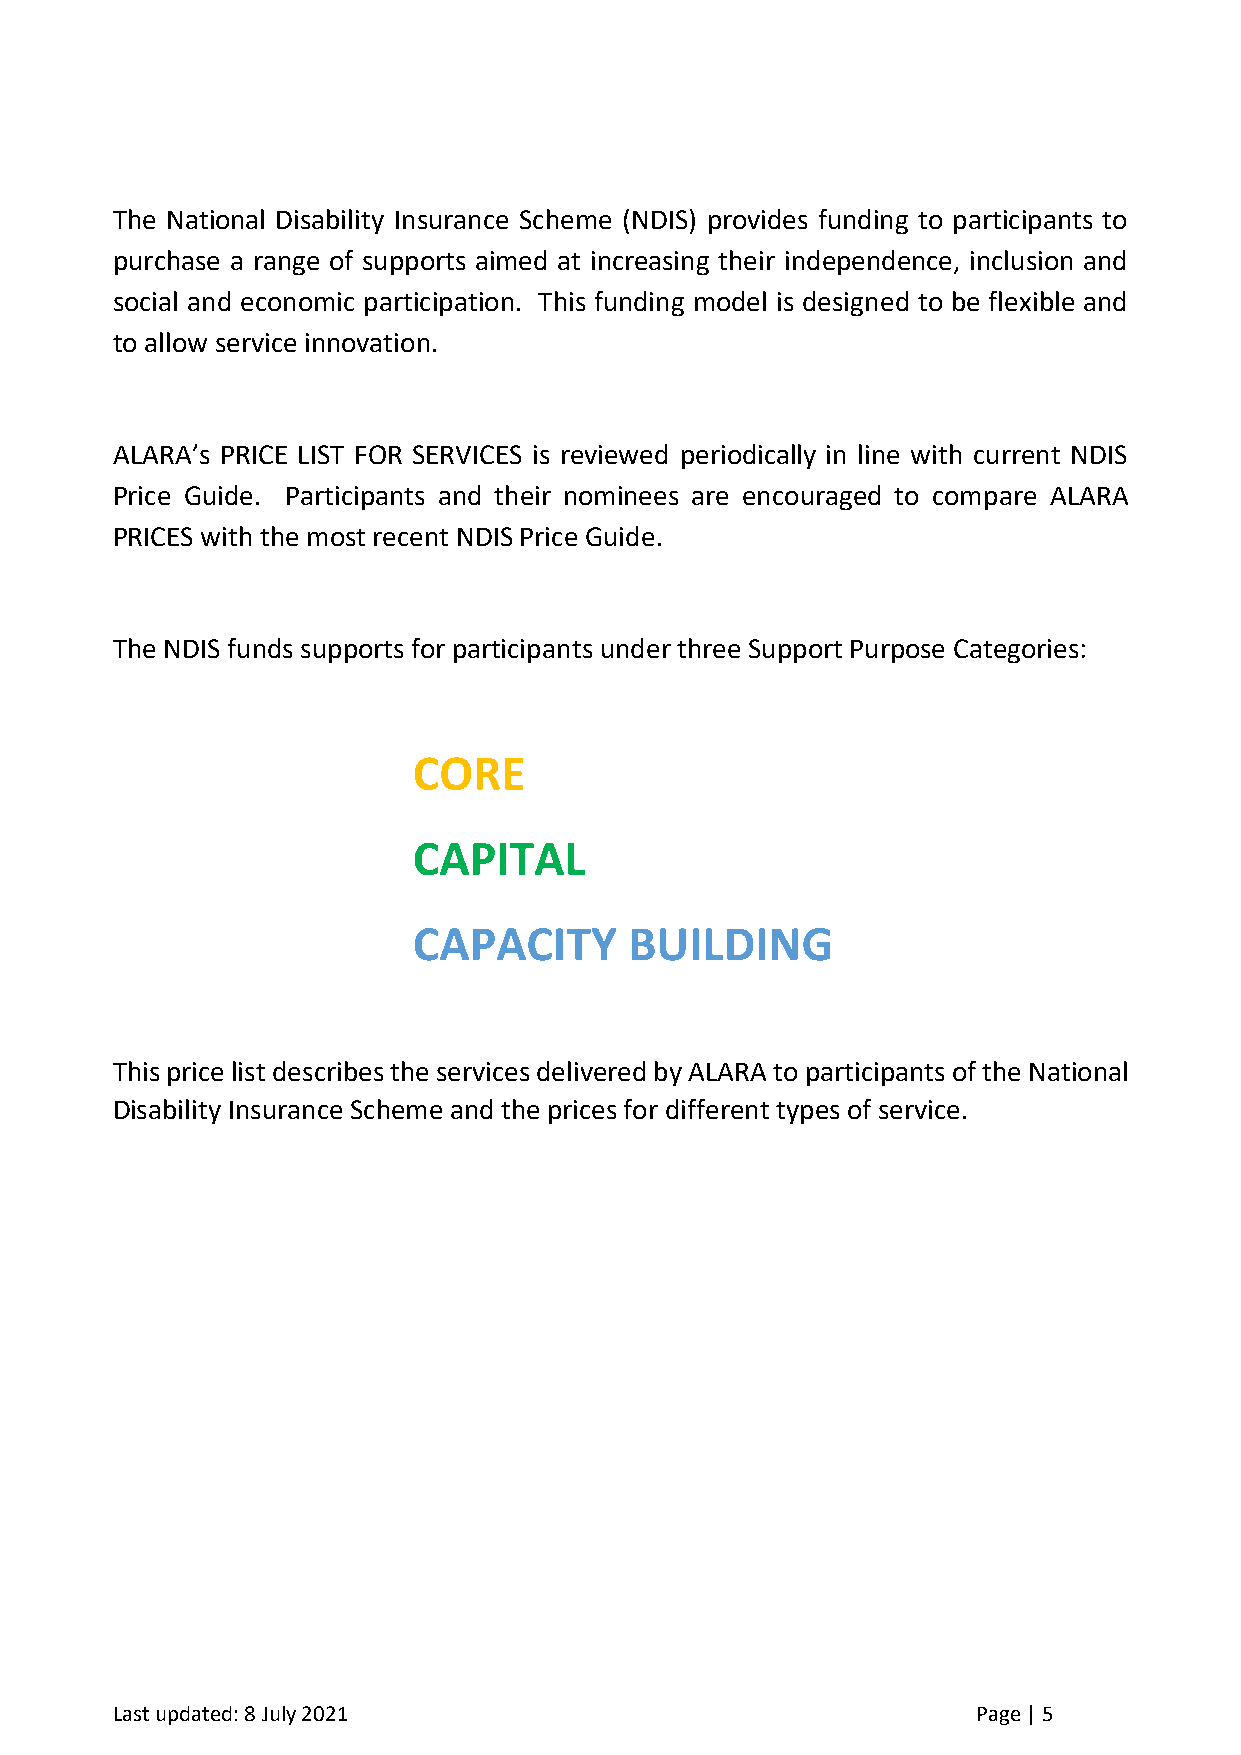
The National Disability Insurance Scheme (NDIS) provides funding to participants to
 purchase a range of supports aimed at increasing their independence, inclusion and
 social and economic participation. This funding model is designed to be flexible and
 to allow service innovation.
 ALARA’s PRICE LIST FOR SERVICES is reviewed periodically in line with current NDIS
 Price Guide. Participants and their nominees are encouraged to compare ALARA
 PRICES with the most recent NDIS Price Guide.
 The NDIS funds supports for participants under three Support Purpose Categories:
 CORE
 CAPITAL
 CAPACITY       BUILDING
 This price list describes the services delivered by ALARA to participants of the National
 Disability Insurance Scheme and the prices for different types of service.
 Last updated: 8 July 2021                                 Page | 5